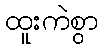
ထူးကဲစွာ